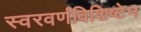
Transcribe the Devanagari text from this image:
स्वरवर्णविशिष्टेन